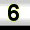
Digit: 6